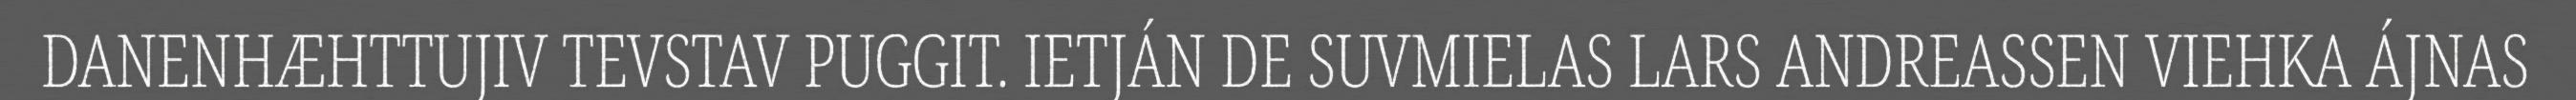
DANENHÆHTTUJIV TEVSTAV PUGGIT. IETJÁN DE SUVMIELAS LARS ANDREASSEN VIEHKA ÁJNAS